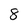
Character: 8